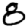
Digit: 0